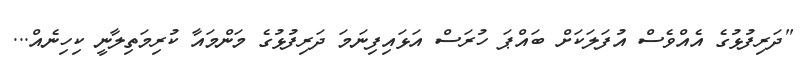
"ދަރިފުޅުގެ އެއްވެސް އުފަލަކަށް ބައްޕަ ހުރަސް އަޅައިފިނަމަ ދަރިފުޅުގެ މަންމައާ ކުރިމަތިލާނީ ކިހިނެއް...